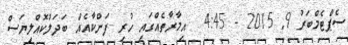
ސެޕްޓެމްބަރު 9